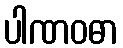
ပါဏဝဓာ